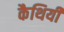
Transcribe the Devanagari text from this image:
कैथियीं